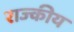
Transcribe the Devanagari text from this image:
राज्कीय